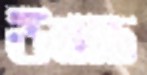
উবাচ